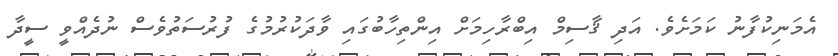
އެމަނިކުފާނު ކަމަށެވެ. އަދި ޤާސިމް އިބްރާހިމަށް އިންތިހާބުގައި ވާދަކުރުމުގެ ފުރުސަތުވެސް ނުދެއްވީ ސީދާ